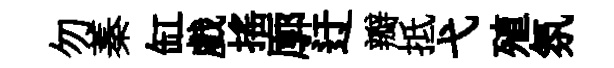
勿蓁缸戲揺廓迂瓣抵弋殖氛